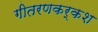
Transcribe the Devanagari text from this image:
गीतरणकर्कश